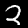
Label: 2